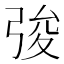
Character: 𢏤